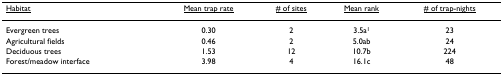
| <underline>Habitat</underline> | <underline>Mean trap rate</underline> | <underline># of sites</underline> | <underline>Mean rank</underline> | <underline># of trap-nights</underline> |
 | --- | --- | --- | --- | --- |
 | Evergreen trees | 0.30 | 2 | 3.5a1 | 23 |
 | Agricultural fields | 0.46 | 2 | 5.0ab | 24 |
 | Deciduous trees | 1.53 | 12 | 10.7b | 224 |
 | Forest/meadow interface | 3.98 | 4 | 16.1c | 48 |